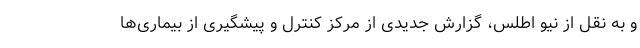
و به نقل از نیو اطلس، گزارش جدیدی از مرکز کنترل و پیشگیری از بیماری‌ها